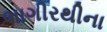
ભાગીરથીના